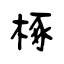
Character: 椓